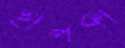
হালকা